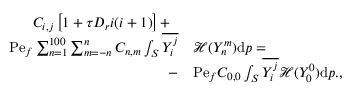
\begin{array} { r l } { C _ { i , j } \left[ 1 + \tau D _ { r } i ( i + 1 ) \right] + \; \; } & { } \\ { \mathrm { P e } _ { f } \sum _ { n = 1 } ^ { 1 0 0 } \sum _ { m = - n } ^ { n } C _ { n , m } \int _ { S } \overline { { Y _ { i } ^ { j } } } } & { \mathcal { H } ( Y _ { n } ^ { m } ) \mathrm { d } \boldsymbol { p } = } \\ { - } & { \mathrm { P e } _ { f } C _ { 0 , 0 } \int _ { S } \overline { { Y _ { i } ^ { j } } } \mathcal { H } ( Y _ { 0 } ^ { 0 } ) \mathrm { d } \boldsymbol { p } . , } \end{array}